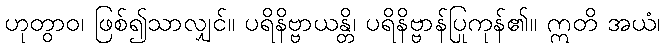
ဟုတွာဝ၊ ဖြစ်၍သာလျှင်။ ပရိနိဗ္ဗာယန္တိ၊ ပရိနိဗ္ဗာန်ပြုကုန်၏။ ဣတိ အယံ၊